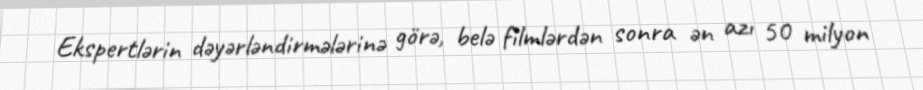
Ekspertlərin dəyərləndirmələrinə görə, belə filmlərdən sonra ən azı 50 milyon